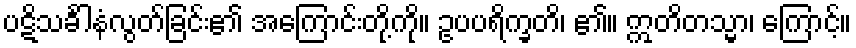
ပဋိသင်္ခါနံလွတ်ခြင်း၏ အကြောင်းတို့ကို။ ဥပပရိက္ခတိ၊ ၏။ ဣတိတသ္မာ၊ ကြောင့်။